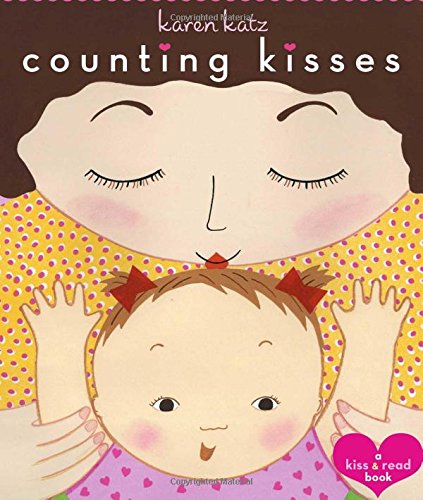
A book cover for Counting Kisses: A Kiss & Read Book; Karen Katz; Children's Books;